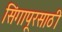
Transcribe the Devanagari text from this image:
सिंगापूरसाठी